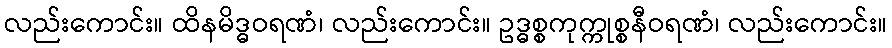
လည်းကောင်း။ ထိနမိဒ္ဓဝရဏံ၊ လည်းကောင်း။ ဥဒ္ဓစ္စကုက္ကုစ္စနီဝရဏံ၊ လည်းကောင်း။